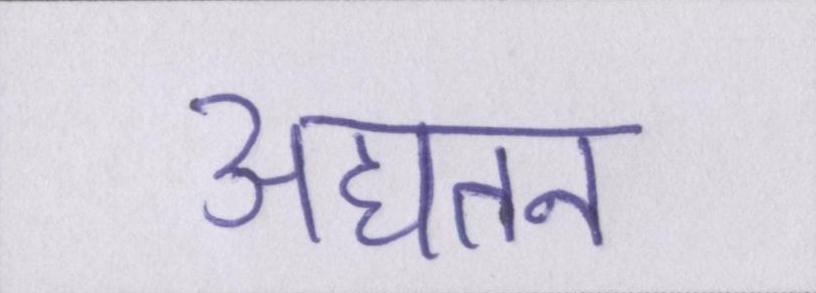
अद्यतन